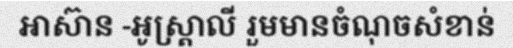
អាស៊ាន -អូស្ត្រាលី រួមមានចំណុចសំខាន់